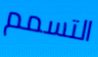
التسمم